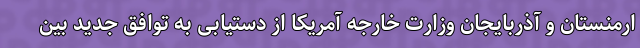
ارمنستان و آذربایجان وزارت خارجه آمریکا از دستیابی به توافق جدید بین